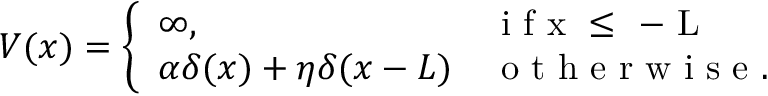
V ( x ) = \left\{ \begin{array} { l l } { \infty , } & { \mathrm { ~ i ~ f ~ x ~ \leq ~ - ~ L ~ } } \\ { \alpha \delta ( x ) + \eta \delta ( x - L ) } & { \mathrm { ~ o ~ t ~ h ~ e ~ r ~ w ~ i ~ s ~ e ~ } . } \end{array} \right.